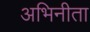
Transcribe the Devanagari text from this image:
अभिनीता